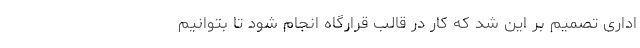
اداری تصمیم بر این شد که کار در قالب قرارگاه انجام شود تا بتوانیم